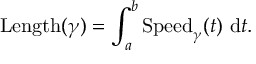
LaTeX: \operatorname { L e n g t h } ( \gamma ) = \int _ { a } ^ { b } { \operatorname { S p e e d } _ { \gamma } } ( t ) ~ \mathrm { d } { t } .